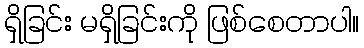
ရှိခြင်း မရှိခြင်းကို ဖြစ်စေတာပါ။